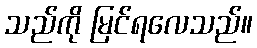
သည်ကို မြင်ရလေသည်။